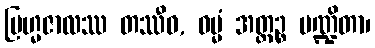
ဗြဟ္မဇာလဿ တဿီဓ, ဓမ္မံ အတ္ထဉ္စ ပဏ္ဍိတာ၊